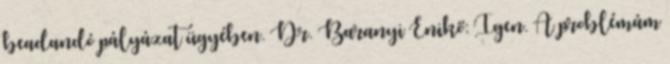
beadandó pályázat ügyében. Dr. Baranyi Enikő: Igen. A problémám